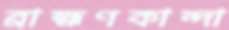
ব্রাহ্মণকান্দা